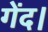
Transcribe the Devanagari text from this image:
गेंद।